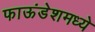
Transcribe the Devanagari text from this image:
फाऊंडेशमध्ये